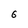
Character: 6